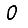
Digit: 0